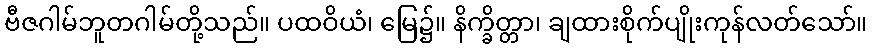
ဗီဇဂါမ်ဘူတဂါမ်တို့သည်။ ပထဝိယံ၊ မြေ၌။ နိက္ခိတ္တာ၊ ချထားစိုက်ပျိုးကုန်လတ်သော်။